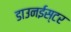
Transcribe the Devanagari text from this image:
डाउनईस्टर